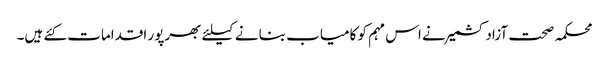
محکمہ صحت آزادکشمیر نے اس مہم کو کامیاب بنانے کیلئے بھرپور اقدامات کئے ہیں۔